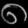
Digit: ၈